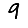
Digit: 9